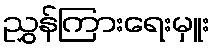
ညွှန်ကြားရေးမှူး